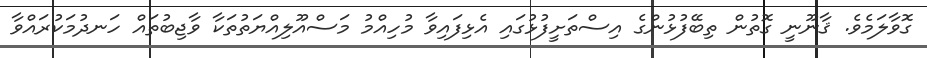
ގޮވާލަމެވެ. ޤާނޫނީ ގޮތުން ތިބޭފުޅުންގެ އިސްތަށީފުޅުގައި އެޅިފައިވާ މުހިއްމު މަސްއޫލިއްޔަތުތަކާ ވާޖިބުތައް ހަނދުމަކުރައްވާ